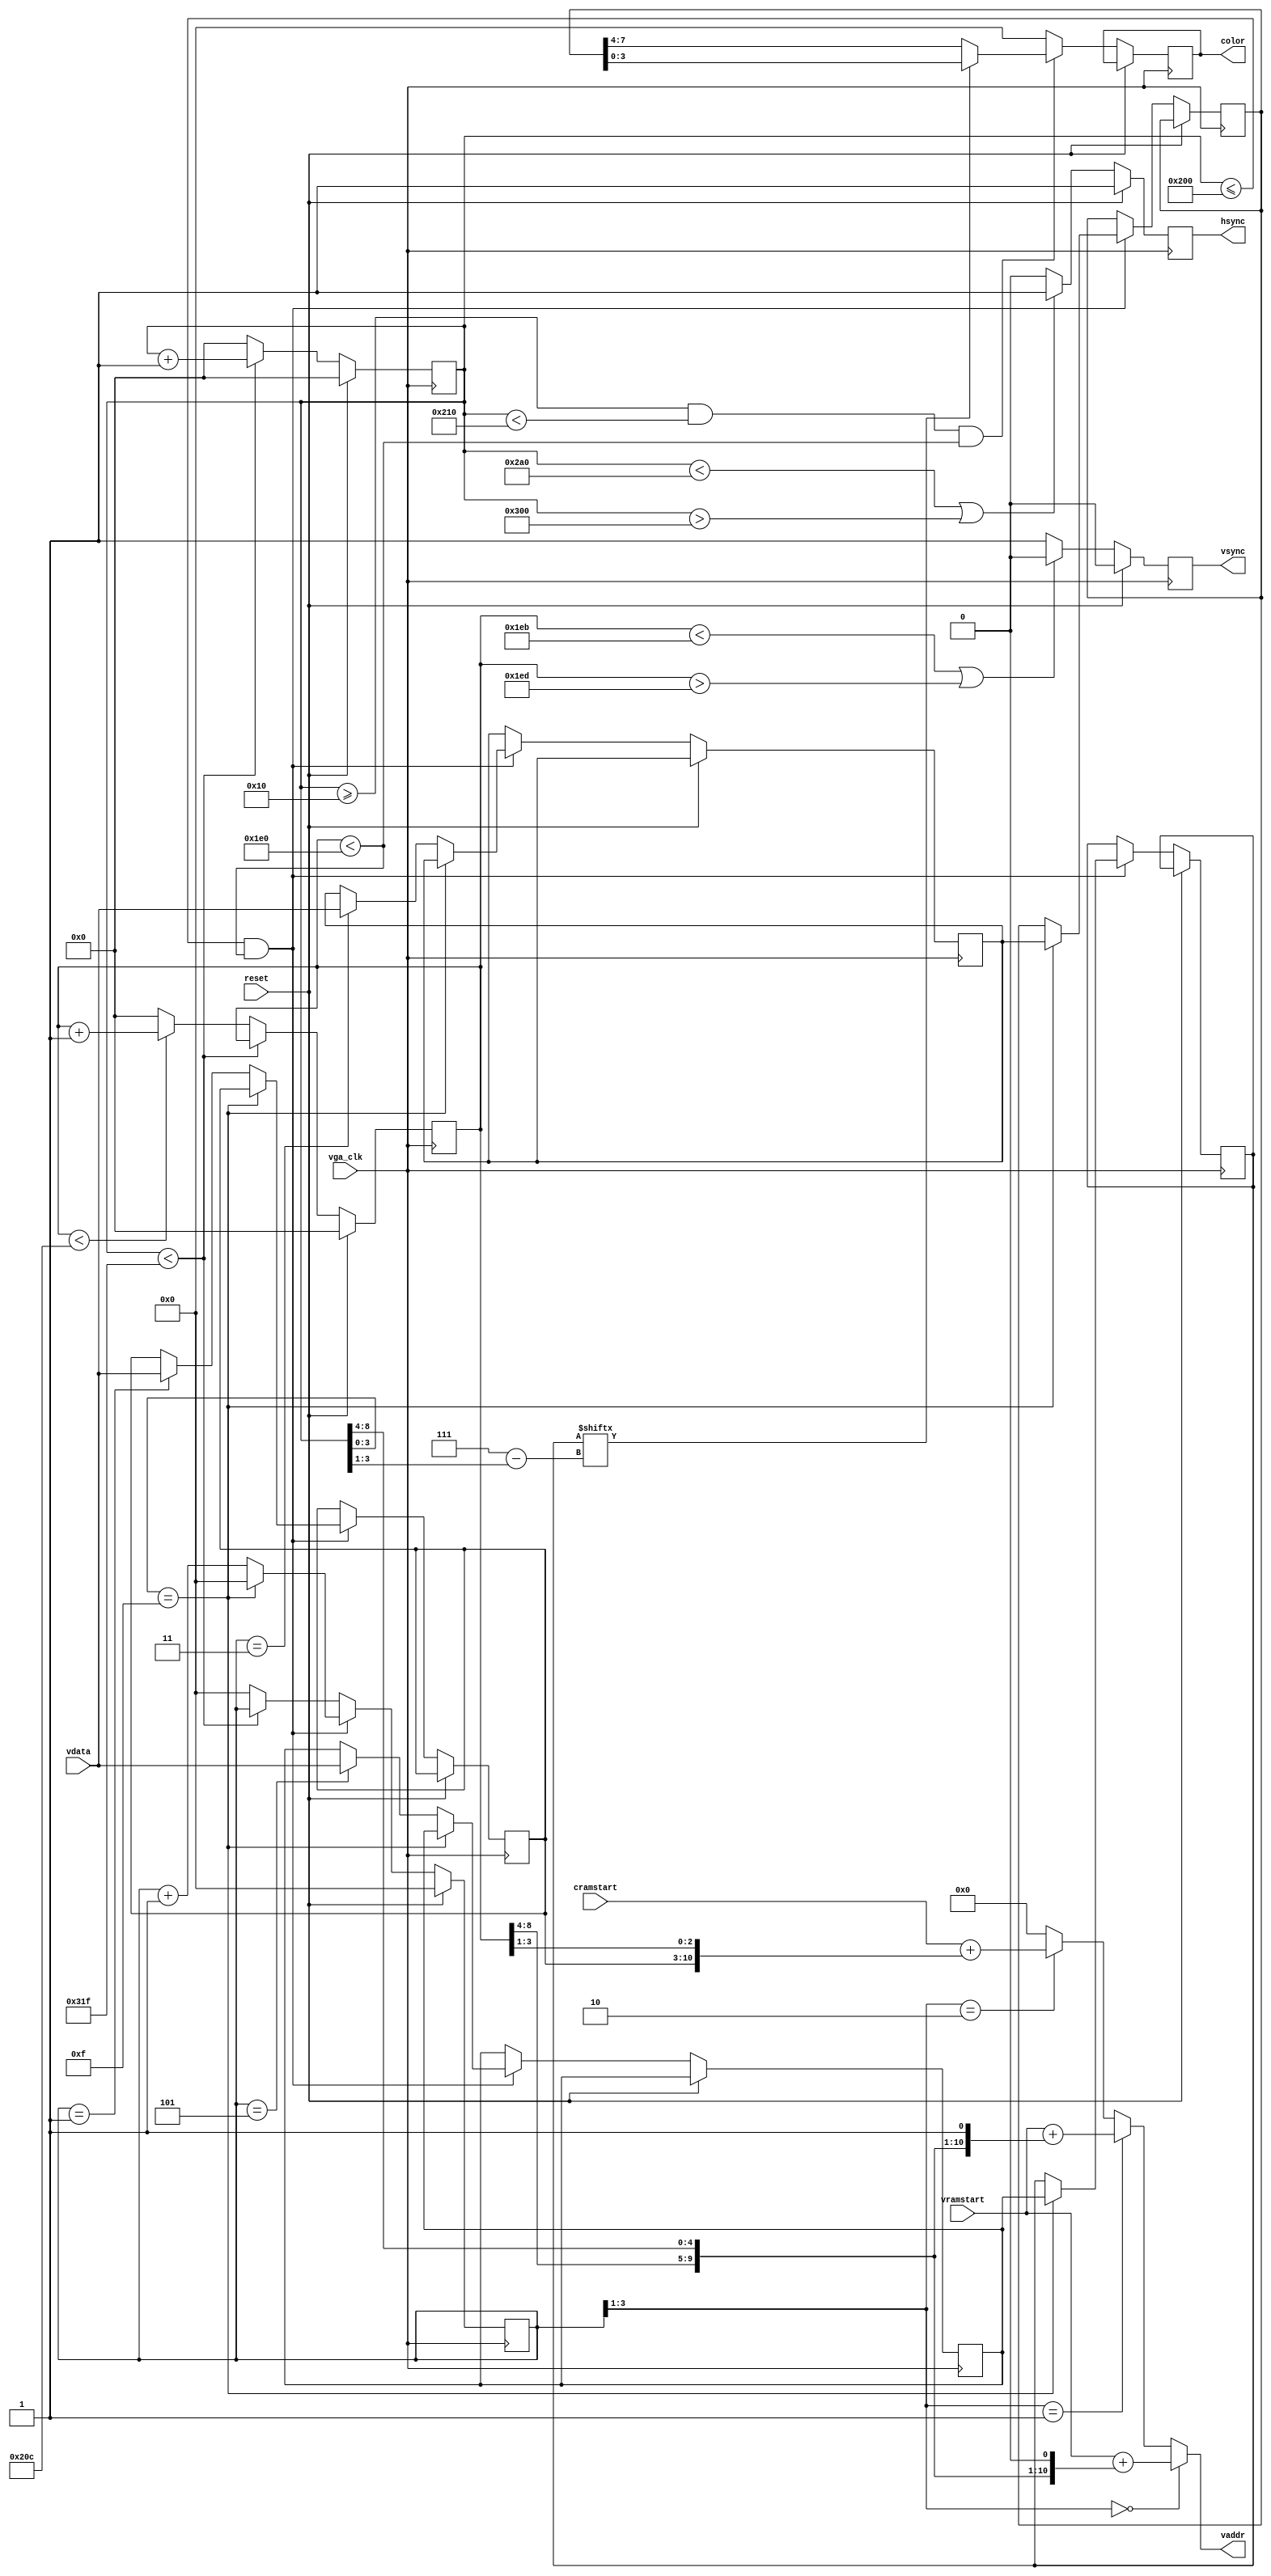
// Create a simple VGA output
module vga (input vga_clk,
            input reset,
            input [23:0] vramstart,
            input [23:0] cramstart,
            input [7:0] vdata,
            output [23:0] vaddr,
            output reg [3:0] color,
            output reg hsync,
            output reg vsync);

// I've pushed front porch/back porch by 8 pixels so that c_hor will lead
// the beam position by 8-pixels.  This allows easier prefetching of char,
// color and chr-rom data one character cell ahead of time.

parameter h_pulse = 96;     // H-sync pulse = 3.83us
parameter leader = 16;
parameter h_bp = 48-leader; // back porch pulse width
parameter h_pixels = 512;   // Number of horizontal pixels
parameter h_fp = 128+16+leader;      // front porch pulse width
parameter h_pol = 1'b0;     // hsync polarity
parameter h_frame = 800;    // Total horizontal frame (46+48+256+31)

parameter v_pulse = 2;      // v-sync pulse width
parameter v_bp = 31;        // back porch pulse width
parameter v_pixels = 480;   // number of vertical pixels
parameter v_fp = 11;        // front porch width
parameter v_pol = 1'b1;     // vsync polarity
parameter v_frame = 525;    // Total vertical frame (2+33+480+10)

// Video color and sync registers
reg [9:0] c_hor = 0;            // Complete frame register column
reg [9:0] c_ver = 0;            // Complete frame register row

reg [7:0] next_char;
reg [7:0] next_color;
reg [7:0] next_bitmap;
reg [7:0] cur_char;
reg [7:0] cur_color;
reg [7:0] cur_bitmap = 8'h0f;

reg [3:0] vstate;

assign vaddr = (vstate[3:1] == 3'b000) ?  vramstart + {3'b000, c_ver[8:4], c_hor[8:4], 1'b0} :
               (vstate[3:1] == 3'b001) ?  vramstart + {3'b000, c_ver[8:4], c_hor[8:4], 1'b1} :
               (vstate[3:1] == 3'b010) ?  cramstart + {3'b000, next_char, c_ver[3:1]} : 0;

always @(posedge vga_clk) begin

    if (reset) begin
        c_hor <= 0;
        c_ver <= 0;
        hsync <= ~h_pol;
        vsync <= ~v_pol;
        vstate <= 0;
    end
    else begin
        // Update beam position 
        if (c_hor < h_frame - 1) begin
            c_hor <= c_hor + 1;
        end
        else begin
            c_hor <= 0;
            vstate <= 0;
            if (c_ver < v_frame - 1) begin
                c_ver <= c_ver + 1;
            end
            else begin
                c_ver <= 0;
            end
        end

        // Generate Hsync
        if (c_hor < h_pixels + h_fp || c_hor > h_pixels + h_fp + h_pulse) begin
            hsync <= ~h_pol;
        end
        else begin
            hsync <= h_pol;
        end

        // Generate Vsync
        if (c_ver < v_pixels + v_fp || c_ver > v_pixels + v_fp + v_pulse) begin
            vsync <= ~v_pol;
        end
        else begin
            vsync <= v_pol;
        end

        if (c_hor <= h_pixels && c_ver < v_pixels) begin
            if (c_hor[3:0] == 4'b1111) begin
                cur_bitmap <= next_bitmap;
                cur_char <= next_char;
                cur_color <= next_color;
                vstate <= 0;
            end
            else begin
                case(vstate)
                    4'b0001: next_char <= vdata;
                    4'b0011: next_color <= vdata;
                    4'b0101: next_bitmap <= vdata;
                endcase
                vstate <= vstate + 4'b0001;
            end
        end

        if (c_hor >= leader && c_hor < h_pixels+leader && c_ver < v_pixels) begin
            color <= cur_bitmap[3'b111 - c_hor[3:1]] ? cur_color[3:0] : cur_color[7:4];
        end
        else begin
            color <= 0;
        end
    end
end
endmodule